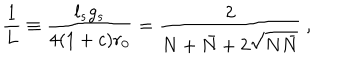
LaTeX: \frac { 1 } { L } \equiv \frac { l _ { s } g _ { s } } { 4 ( 1 + c ) r _ { 0 } } = \frac { 2 } { N + \bar { N } + 2 \sqrt { N \bar { N } } } ~ ,